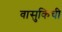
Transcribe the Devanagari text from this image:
वासुकिची